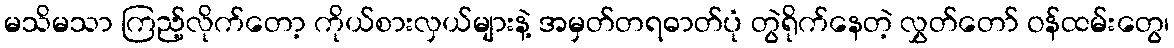
မသိမသာ ကြည့်လိုက်တော့ ကိုယ်စားလှယ်များနဲ့ အမှတ်တရဓာတ်ပုံ တွဲရိုက်နေတဲ့ လွှတ်တော် ဝန်ထမ်းတွေ၊